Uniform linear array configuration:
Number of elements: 8
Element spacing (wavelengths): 0.5
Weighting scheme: binomial
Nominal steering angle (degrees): -60
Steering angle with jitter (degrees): -59.124
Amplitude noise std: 0.05
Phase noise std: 0.05

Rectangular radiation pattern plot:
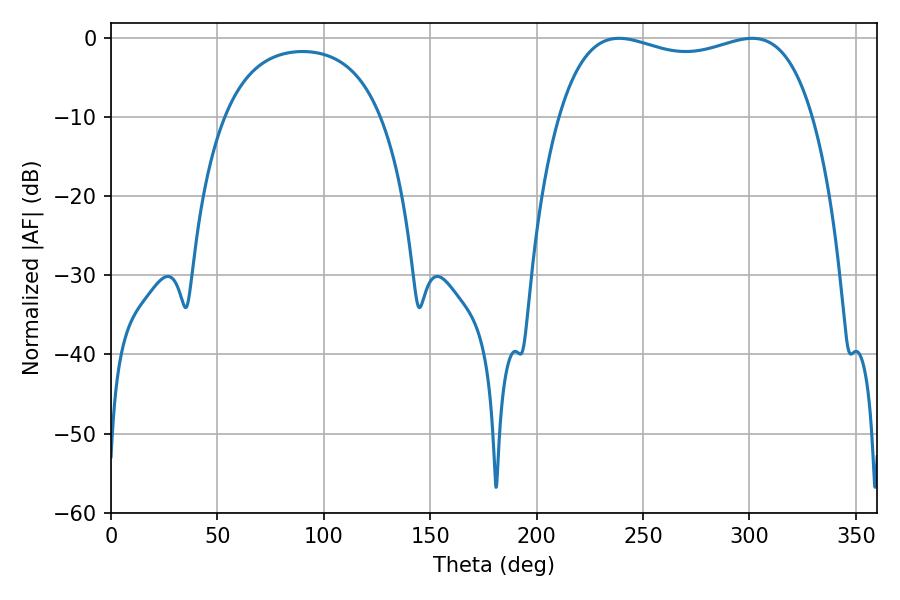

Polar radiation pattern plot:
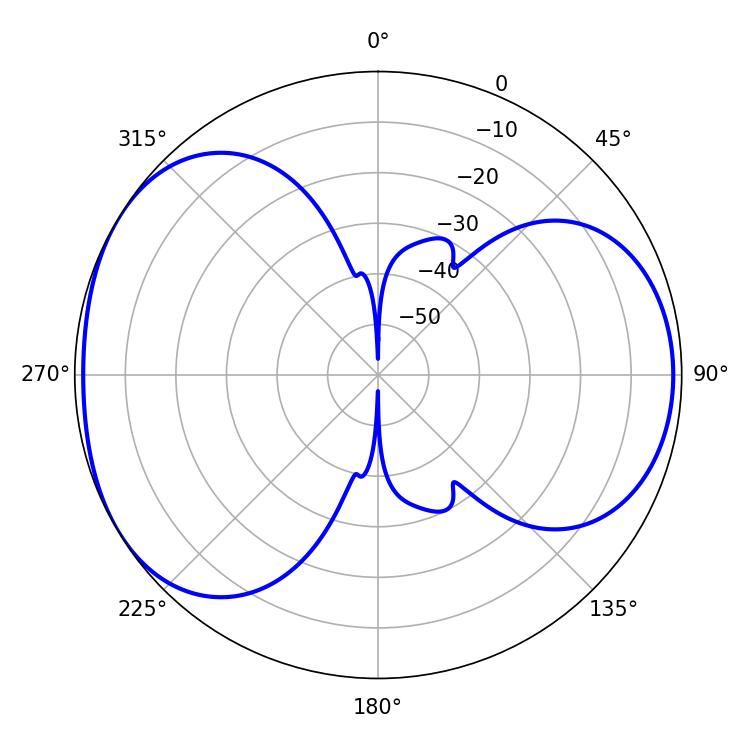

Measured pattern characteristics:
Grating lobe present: FALSE
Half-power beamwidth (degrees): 97.2
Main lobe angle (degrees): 238.68